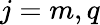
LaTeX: j=m,q